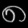
Digit: ၈